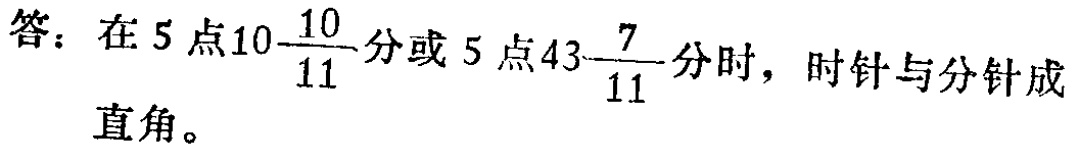
答：在\(5\)点\(10\frac{10}{11}\)分或\(5\)点\(43\frac{7}{11}\)分时，时针与分针成直角。